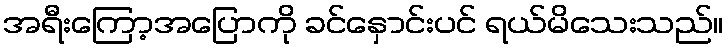
အရီးကြော့အပြောကို ခင်နှောင်းပင် ရယ်မိသေးသည်။